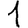
Digit: 1